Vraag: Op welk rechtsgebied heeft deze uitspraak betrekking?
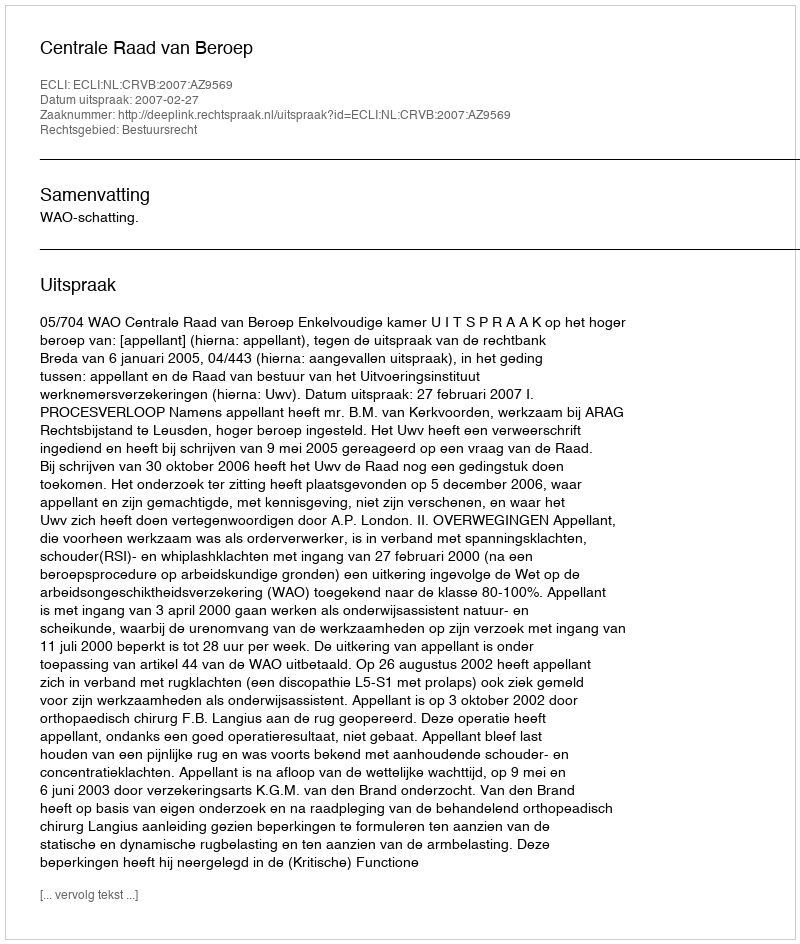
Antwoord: Bestuursrecht